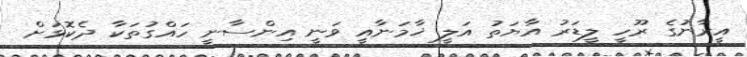
އީރާނުގެ ރޫހީ ލީޑަރު އާޔަތު އަލީ ޚާމަނާއީ ވަނީ އިންސާނީ ހައްގުތަކާ ދެކޮޅަށް